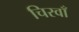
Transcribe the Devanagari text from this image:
चिरवाँ